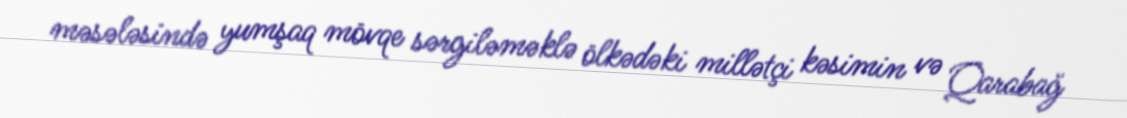
məsələsində yumşaq mövqe sərgiləməklə ölkədəki millətçi kəsimin və Qarabağ